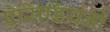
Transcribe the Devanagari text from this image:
ऐसिडियनों